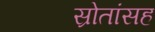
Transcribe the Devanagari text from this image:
स्रोतांसह